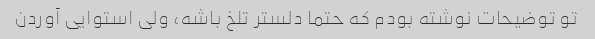
تو توضیحات نوشته بودم که حتما دلستر تلخ باشه، ولی استوایی آوردن